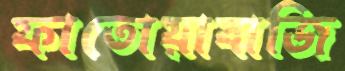
ফাতোয়াবাজি